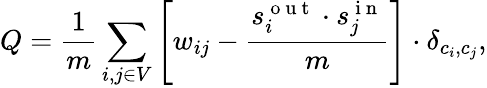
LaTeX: Q=\frac{1}{m}\sum_{i,j\in V}\left[w_{ij}-\frac{s_{i}^{\mathrm{~o~u~t~}}\cdot s_{j}^{\mathrm{~i~n~}}}{m}\right]\cdot\delta_{c_{i},c_{j}},